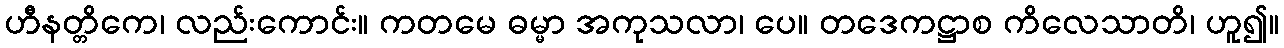
ဟီနတ္တိကေ၊ လည်းကောင်း။ ကတမေ ဓမ္မာ အကုသလာ၊ ပေ။ တဒေကဋ္ဌာစ ကိလေသာတိ၊ ဟူ၍။